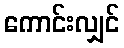
ကောင်းလျှင်